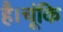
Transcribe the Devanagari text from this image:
है।चूंकि